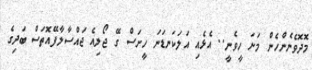
މޮދޮވެނެންހެން މަށަ ހީވެނީ.. އެޅެއި އަލަކަނޑަނަ ހީށަސް ގޭ ޖޯލިއެ ޖައްސާލާފޭއޮތަސް ބަދިގެ